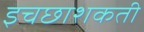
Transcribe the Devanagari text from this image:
इचछाशकती